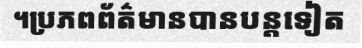
។ប្រភពព័ត៌មានបានបន្តទៀត